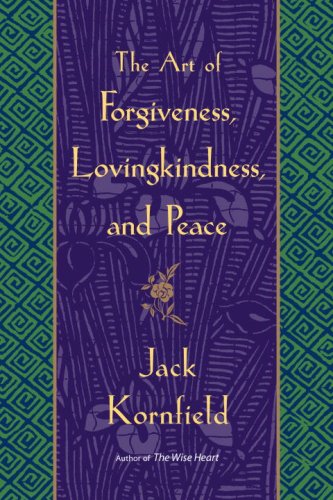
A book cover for The Art of Forgiveness, Lovingkindness, and Peace; Jack Kornfield; Christian Books & Bibles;